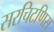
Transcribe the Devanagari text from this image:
सरचिटणिस